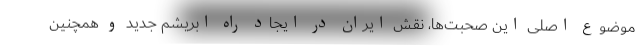
موضوع اصلی این صحبت‌ها، نقش ایران در ایجاد راه ابریشم جدید و همچنین